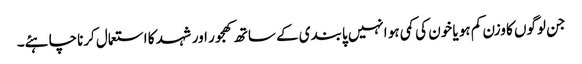
جن لوگوں کا وزن کم ہو یا خون کی کمی ہو انہیں پابندی کے ساتھ کھجور اور شہد کا استعمال کرناچاہئے۔